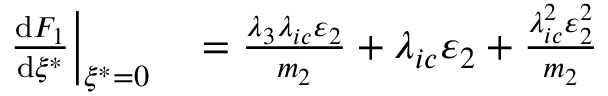
\begin{array} { r l } { \left. { \frac { \operatorname { d } \! F _ { 1 } } { \operatorname { d } \! \xi ^ { * } } } \right| _ { \xi ^ { * } = 0 } } & { { } = \frac { \lambda _ { 3 } \lambda _ { i c } \varepsilon _ { 2 } } { m _ { 2 } } + \lambda _ { i c } \varepsilon _ { 2 } + \frac { \lambda _ { i c } ^ { 2 } \varepsilon _ { 2 } ^ { 2 } } { m _ { 2 } } } \end{array}